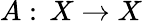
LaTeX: A:\, X\to X